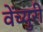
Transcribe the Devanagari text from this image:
वेंच्युरी